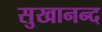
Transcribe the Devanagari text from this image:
सुखानन्द